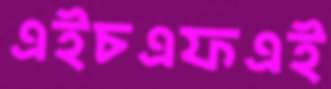
এইচএফএই